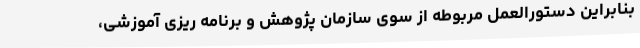
بنابراین دستورالعمل مربوطه از سوی سازمان پژوهش و برنامه ریزی آموزشی،